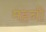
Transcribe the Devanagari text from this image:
महनी